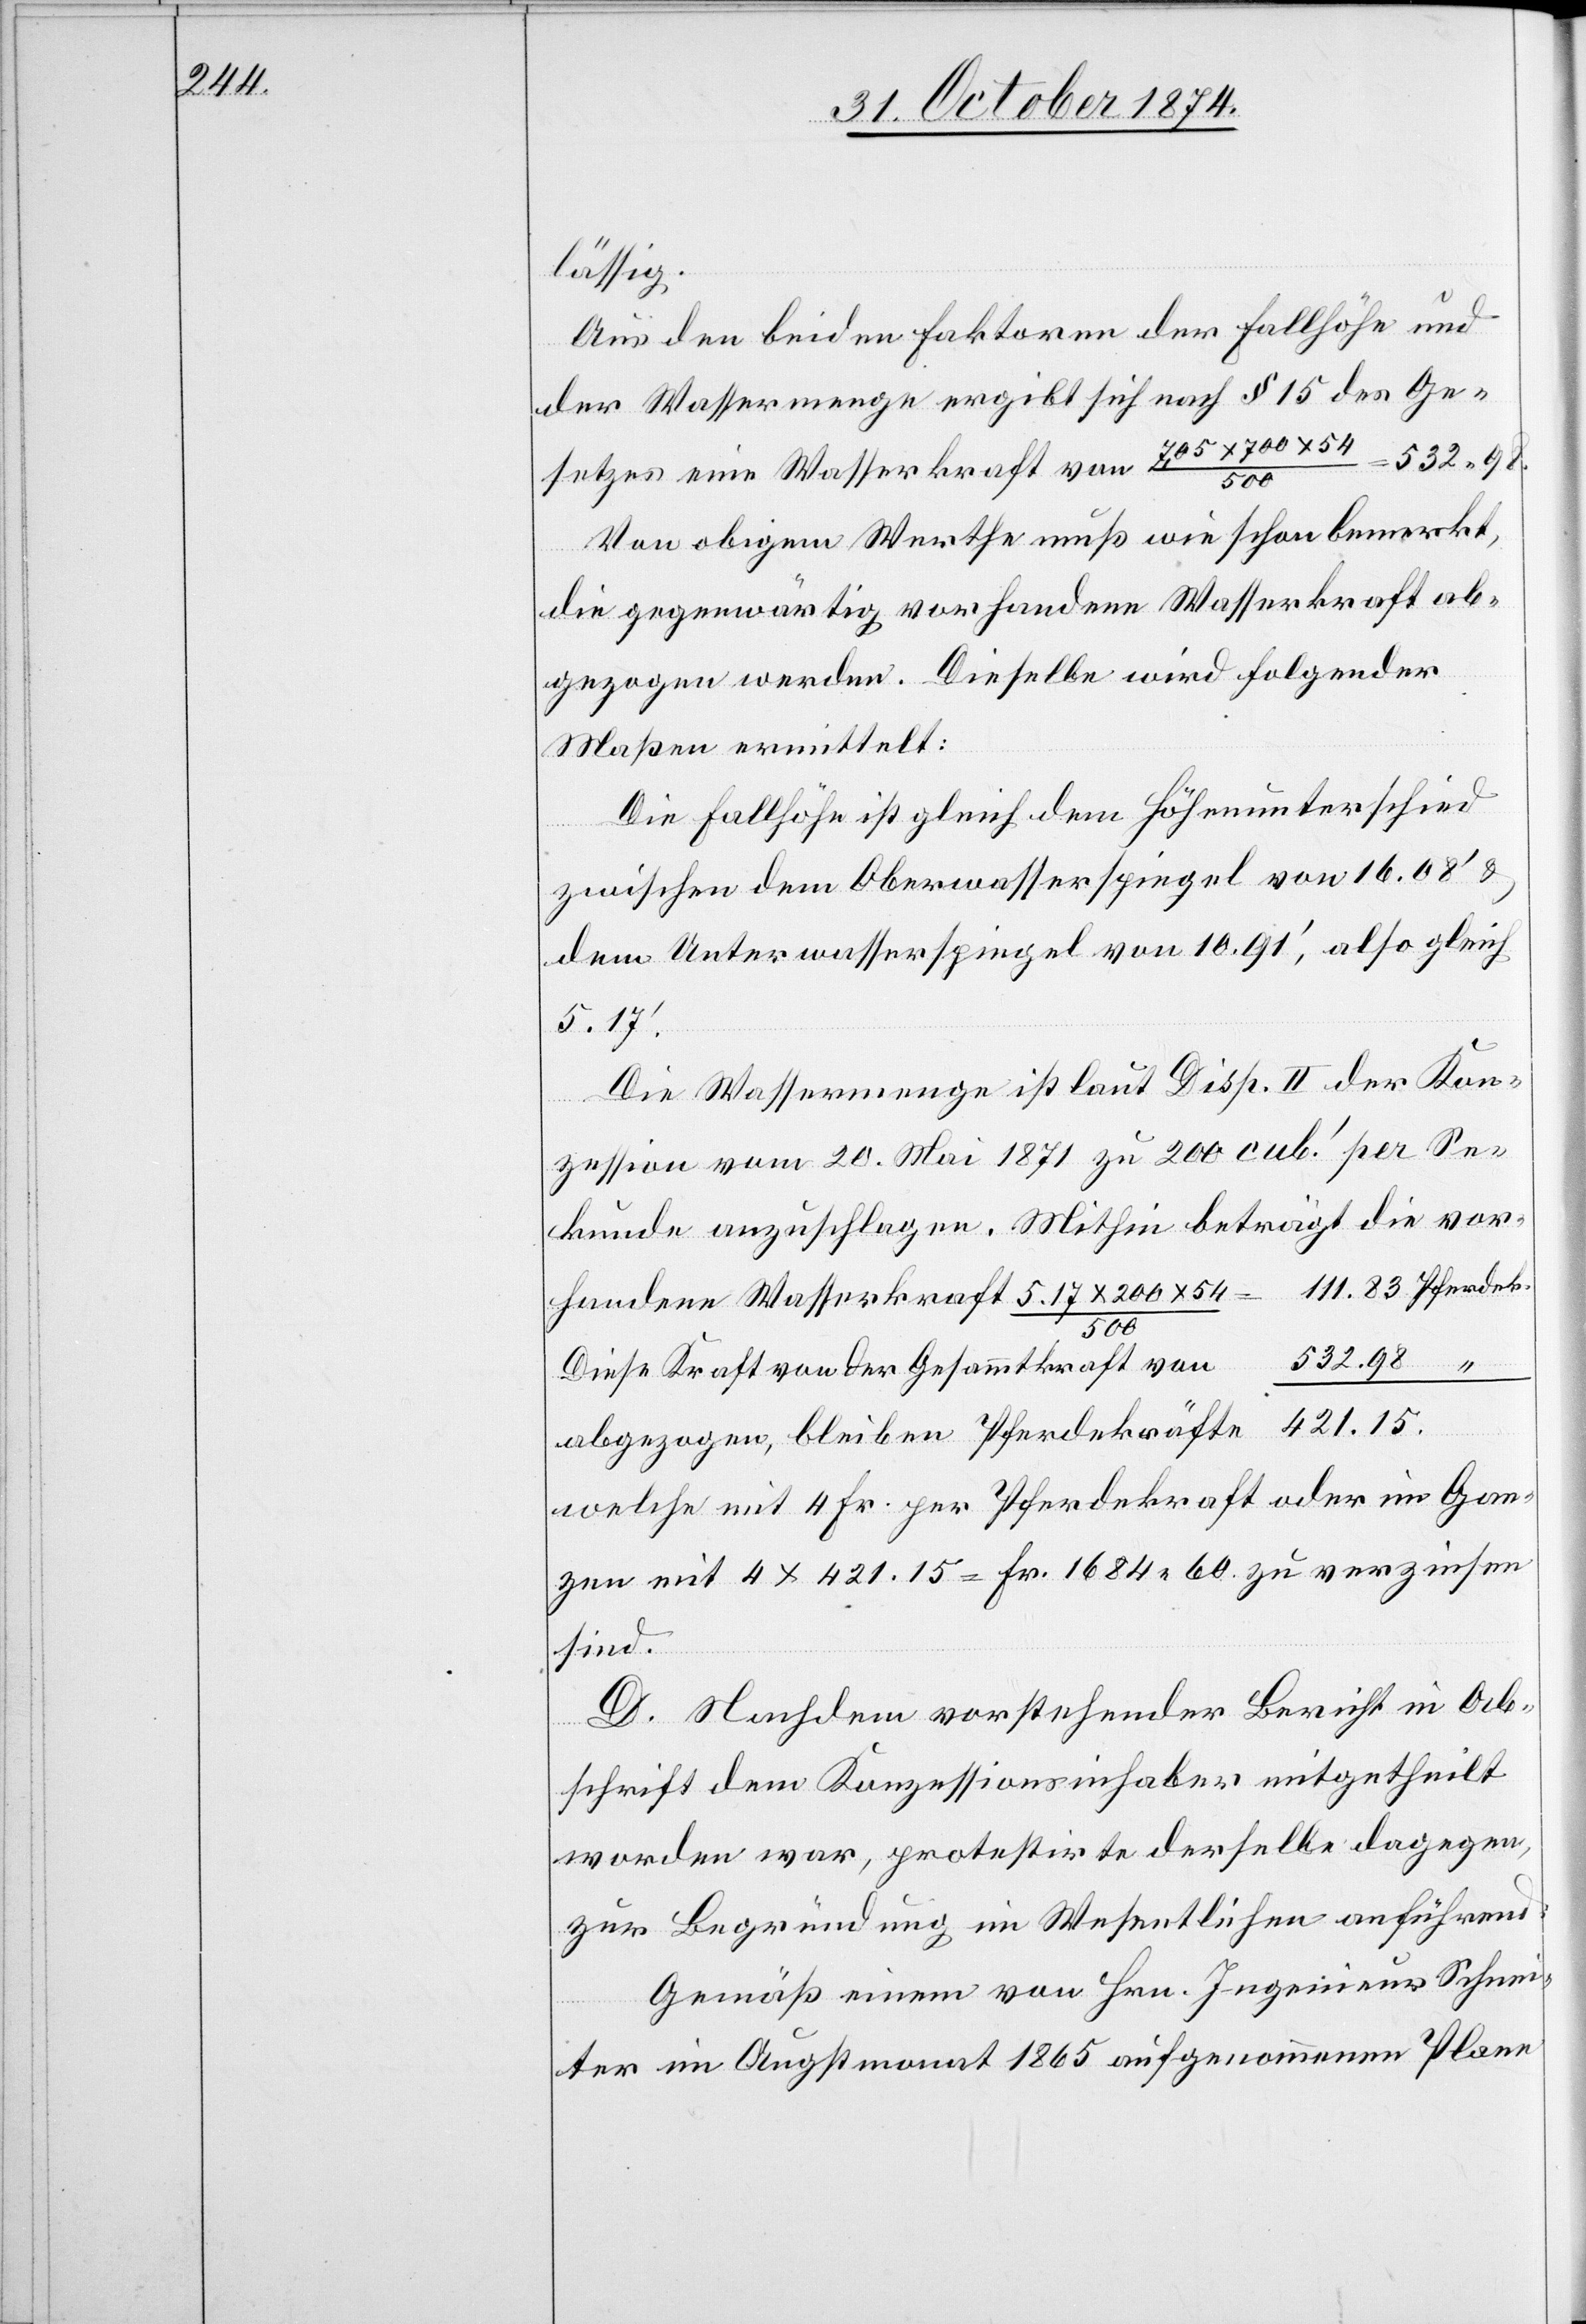
lässig.
Aus den beiden Faktoren der Fallhöhe und
der Wassermenge ergibt sich nach § 15 des Ge¬
setzes eine Wasserkraft von 7,05 x 700 x 54/500
532.98.
Von obigem Werthe muß wie schon bemerkt,
die gegenwärtig vorhandene Wasserkraft ab¬
gezogen werden. Dieselbe wird folgender
Maßen ermittelt:
Die Fallhöhe ist gleich dem Höhenunterschied
zwischen dem Oberwasserspiegel von 16.08‘ &
dem Unterwasserspiegel von 10.91‘, also gleich
5.17‘.
Die Wassermenge ist laut Disp. II der Kon¬
zession vom 20. Mai 1871 zu 200 cub.‘ per Se¬
kunde anzuschlagen. Mithin beträgt die vor¬
5.17
200
Diese Kraft von der Gesammtkraft von 	532.98
abgezogen, bleiben Pferdekräfte 	421.15.
welche mit 4 Fr. per Pferdekraft oder im Gan¬
zen mit 4 x 421.15 = Fr. 1684.60 zu verzinsen
sind.
D. Nachdem vorstehender Bericht in Ab¬
schrift dem Konzessionsinhaber mitgetheilt
worden war, protestirte derselbe dagegen,
zur Begründung im Wesentlichen anführend:
Gemäß einem von Hrn. Ingenieur Schnei¬
ter im Augstmonat 1865 aufgenommenen Plane